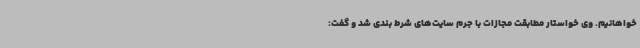
خواهانیم. وی خواستار مطابقت مجازات با جرم سایت‌های شرط بندی شد و گفت: